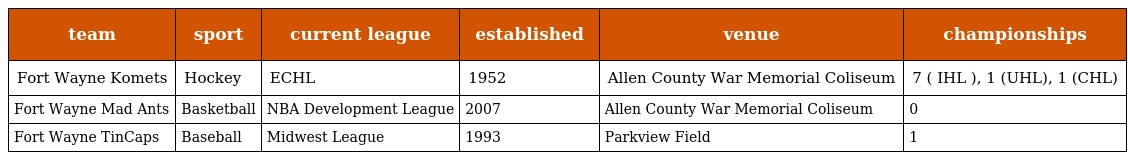
| team | sport | current league | established | venue | championships |
 | --- | --- | --- | --- | --- | --- |
 | Fort Wayne Komets | Hockey | ECHL | 1952 | Allen County War Memorial Coliseum | 7 ( IHL ), 1 (UHL), 1 (CHL) |
 | Fort Wayne Mad Ants | Basketball | NBA Development League | 2007 | Allen County War Memorial Coliseum | 0 |
 | Fort Wayne TinCaps | Baseball | Midwest League | 1993 | Parkview Field | 1 |